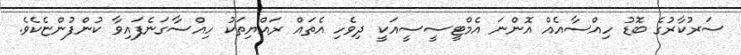
ސަރުކާރުގެ ބޮޑު ހިއްސާއެއް އޮންނަ އެމްޓީސީސީއަކީ ދިވެހި އެތައް ރައްޔިތަކު ހިއްސާގަނެފައިވާ ކުންފުންޏެކެވެ.